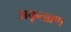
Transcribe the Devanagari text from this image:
अकृतब्रण